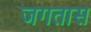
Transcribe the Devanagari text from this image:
जगतास